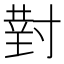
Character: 𫴰